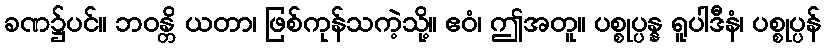
ခဏ၌ပင်။ ဘဝန္တိ ယတာ၊ ဖြစ်ကုန်သကဲ့သို့။ ဧဝံ၊ ဤအတူ။ ပစ္စုပ္ပန္န ရူပါဒီနံ၊ ပစ္စုပ္ပန်